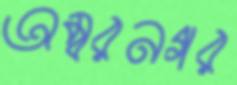
অম্বরনগর